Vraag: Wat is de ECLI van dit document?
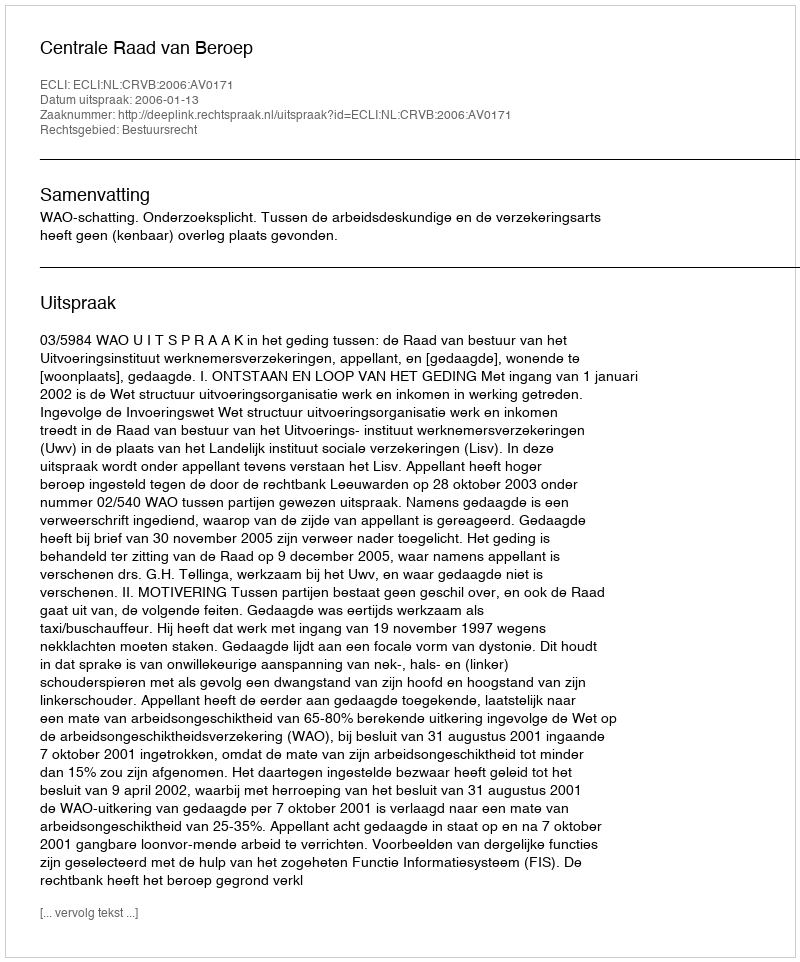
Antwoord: ECLI:NL:CRVB:2006:AV0171